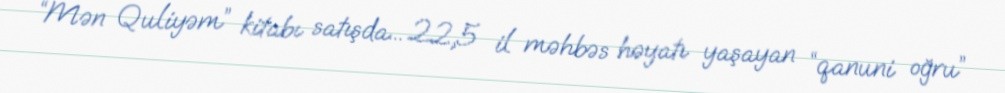
“Mən Quliyəm” kitabı satışda... 22,5 il məhbəs həyatı yaşayan “qanuni oğru”